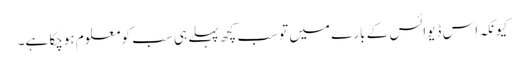
کیونکہ اس ڈیوائس کے بارے میں تو سب کچھ پہلے ہی سب کو معلوم ہوچکا ہے۔